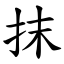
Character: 抹